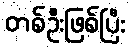
တစ်ဦးဖြစ်ပြီး